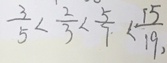
\frac { 3 } { 5 } < \frac { 2 } { 3 } < \frac { 5 } { 7 } < \frac { 1 5 } { 1 9 , }